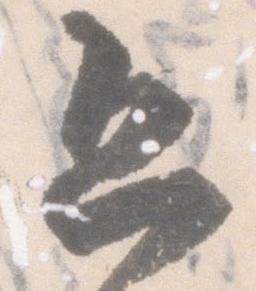
恐